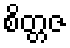
စိတ္တဇ